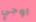
اوجي